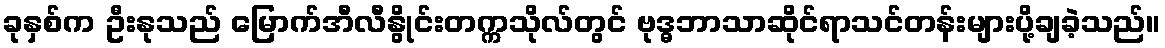
ခုနှစ်က ဦးနုသည် မြောက်အီလီနွိုင်းတက္ကသိုလ်တွင် ဗုဒ္ဓဘာသာဆိုင်ရာသင်တန်းများပို့ချခဲ့သည်။